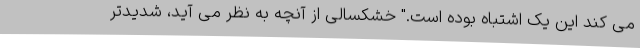
می کند این یک اشتباه بوده است." خشکسالی از آنچه به نظر می‌ آید، شدیدتر